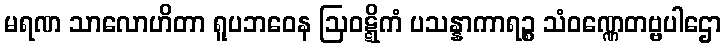
မရဏ သာလောဟိတာ ရူပဘဝေန ဩဝဋ္ဋိကံ ပသန္နာကာရဉ္စ သံဝဏ္ဏေတဗ္ဗပါဌော